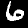
Digit: 6